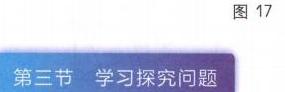
图 17
第三节 学习探究问题